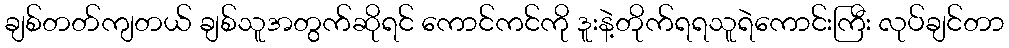
ချစ်တတ်ကျတယ် ချစ်သူအတွက်ဆိုရင် ကောင်ကင်ကို ဒူးနဲ့တိုက်ရရသူရဲကောင်းကြီး လုပ်ချင်တာ